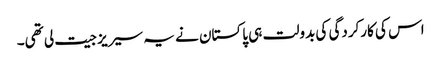
اس کی کارکردگی کی بدولت ہی پاکستان نے یہ سیریز جیت لی تھی۔